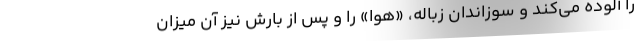
را آلوده می‌کند و سوزاندان زباله، «هوا» را و پس از بارش نیز آن میزان